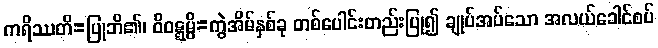
ကရိဿတိ=ပြုဘိ၏၊ ဝိဝဋ္ဋမ္ပိ=ကွဲအိမ်နှစ်ခု တစ်ပေါင်းတည်းပြု၍ ချုပ်အပ်သော အလယ်ခေါင်စပ်